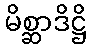
မိစ္ဆာဒိဋ္ဌိ